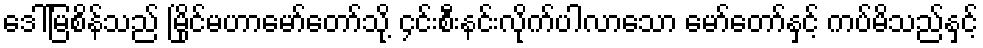
ဒေါ်မြစိန်သည် မြိုင်မဟာမော်တော်သို့ ၄င်းစီးနင်းလိုက်ပါလာသော မော်တော်နှင့် ကပ်မိသည်နှင့်